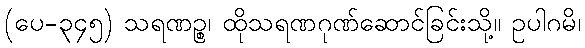
(ပေ-၃၄၅) သရဏဉ္စ၊ ထိုသရဏဂုဏ်ဆောင်ခြင်းသို့။ ဥပါဂမိ၊